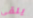
يلقي